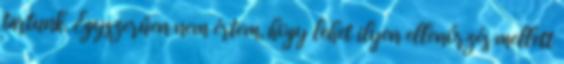
tartunk. Egyszerűen nem értem, hogy lehet ilyen ellenőrzés mellett